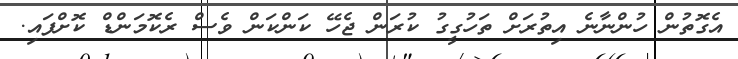
އެގޮތުން ހުންނާނެ އިތުރަށް ތަހުގީގު ކުރަން ޖެހޭ ކަންކަން ވެސް ރެކޮމަންޑް ކޮށްފައި.